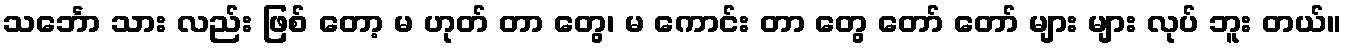
သင်္ဘော သား လည်း ဖြစ် တော့ မ ဟုတ် တာ တွေ၊ မ ကောင်း တာ တွေ တော် တော် များ များ လုပ် ဘူး တယ်။